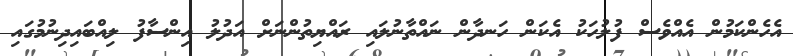
އެހެންކަމުން އެއްވެސް ފުލުހަކު އެކަން ހަނދާން ނައްތާނުލައި ރައްޔިތުންނަށް އަދުލު އިންސާފު ލިއްބައިދިނުމުގައި